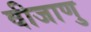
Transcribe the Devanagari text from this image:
वीजाणु